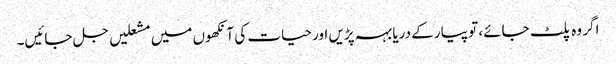
اگر وہ پلٹ جائے، تو پیار کے دریا بہہ پڑیں اور حیات کی آنکھوں میں مشعلیں جل جائیں۔